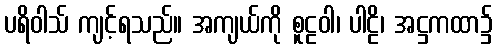
ပရိဝါသ် ကျင့်ရသည်။ အကျယ်ကို စူဠဝါ၊ ပါဠိ၊ အဋ္ဌကထာ၌